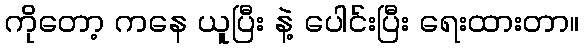
ကိုတော့ ကနေ ယူပြီး နဲ့ ပေါင်းပြီး ရေးထားတာ။